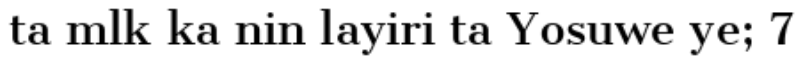
ta mlk ka nin layiri ta Yosuwe ye; 7